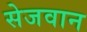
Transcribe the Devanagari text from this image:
सेजवान